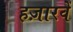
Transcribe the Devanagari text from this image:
हज़ारवें